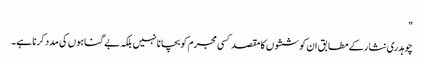
"
چوہدری نثار کے مطابق ان کوششوں کا مقصد کسی مجرم کو بچانا نہیں بلکہ بے گناہوں کی مدد کرنا ہے۔